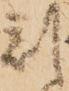
刻